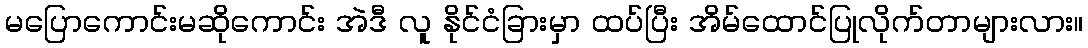
မပြောကောင်းမဆိုကောင်း အဲဒီ လူ နိုင်ငံခြားမှာ ထပ်ပြီး အိမ်ထောင်ပြုလိုက်တာများလား။